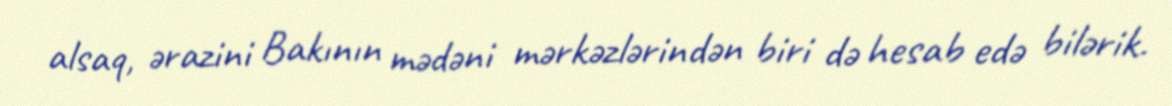
alsaq, ərazini Bakının mədəni mərkəzlərindən biri də hesab edə bilərik.